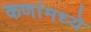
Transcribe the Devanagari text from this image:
कणांमध्ये